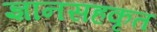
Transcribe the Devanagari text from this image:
ज्ञानसहकृत